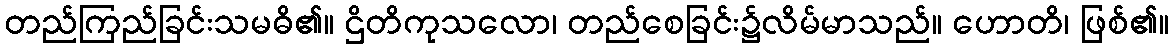
တည်ကြည်ခြင်းသမဓိ၏။ ဌိတိကုသလော၊ တည်စေခြင်း၌လိမ်မာသည်။ ဟောတိ၊ ဖြစ်၏။